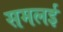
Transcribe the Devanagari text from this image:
समलई